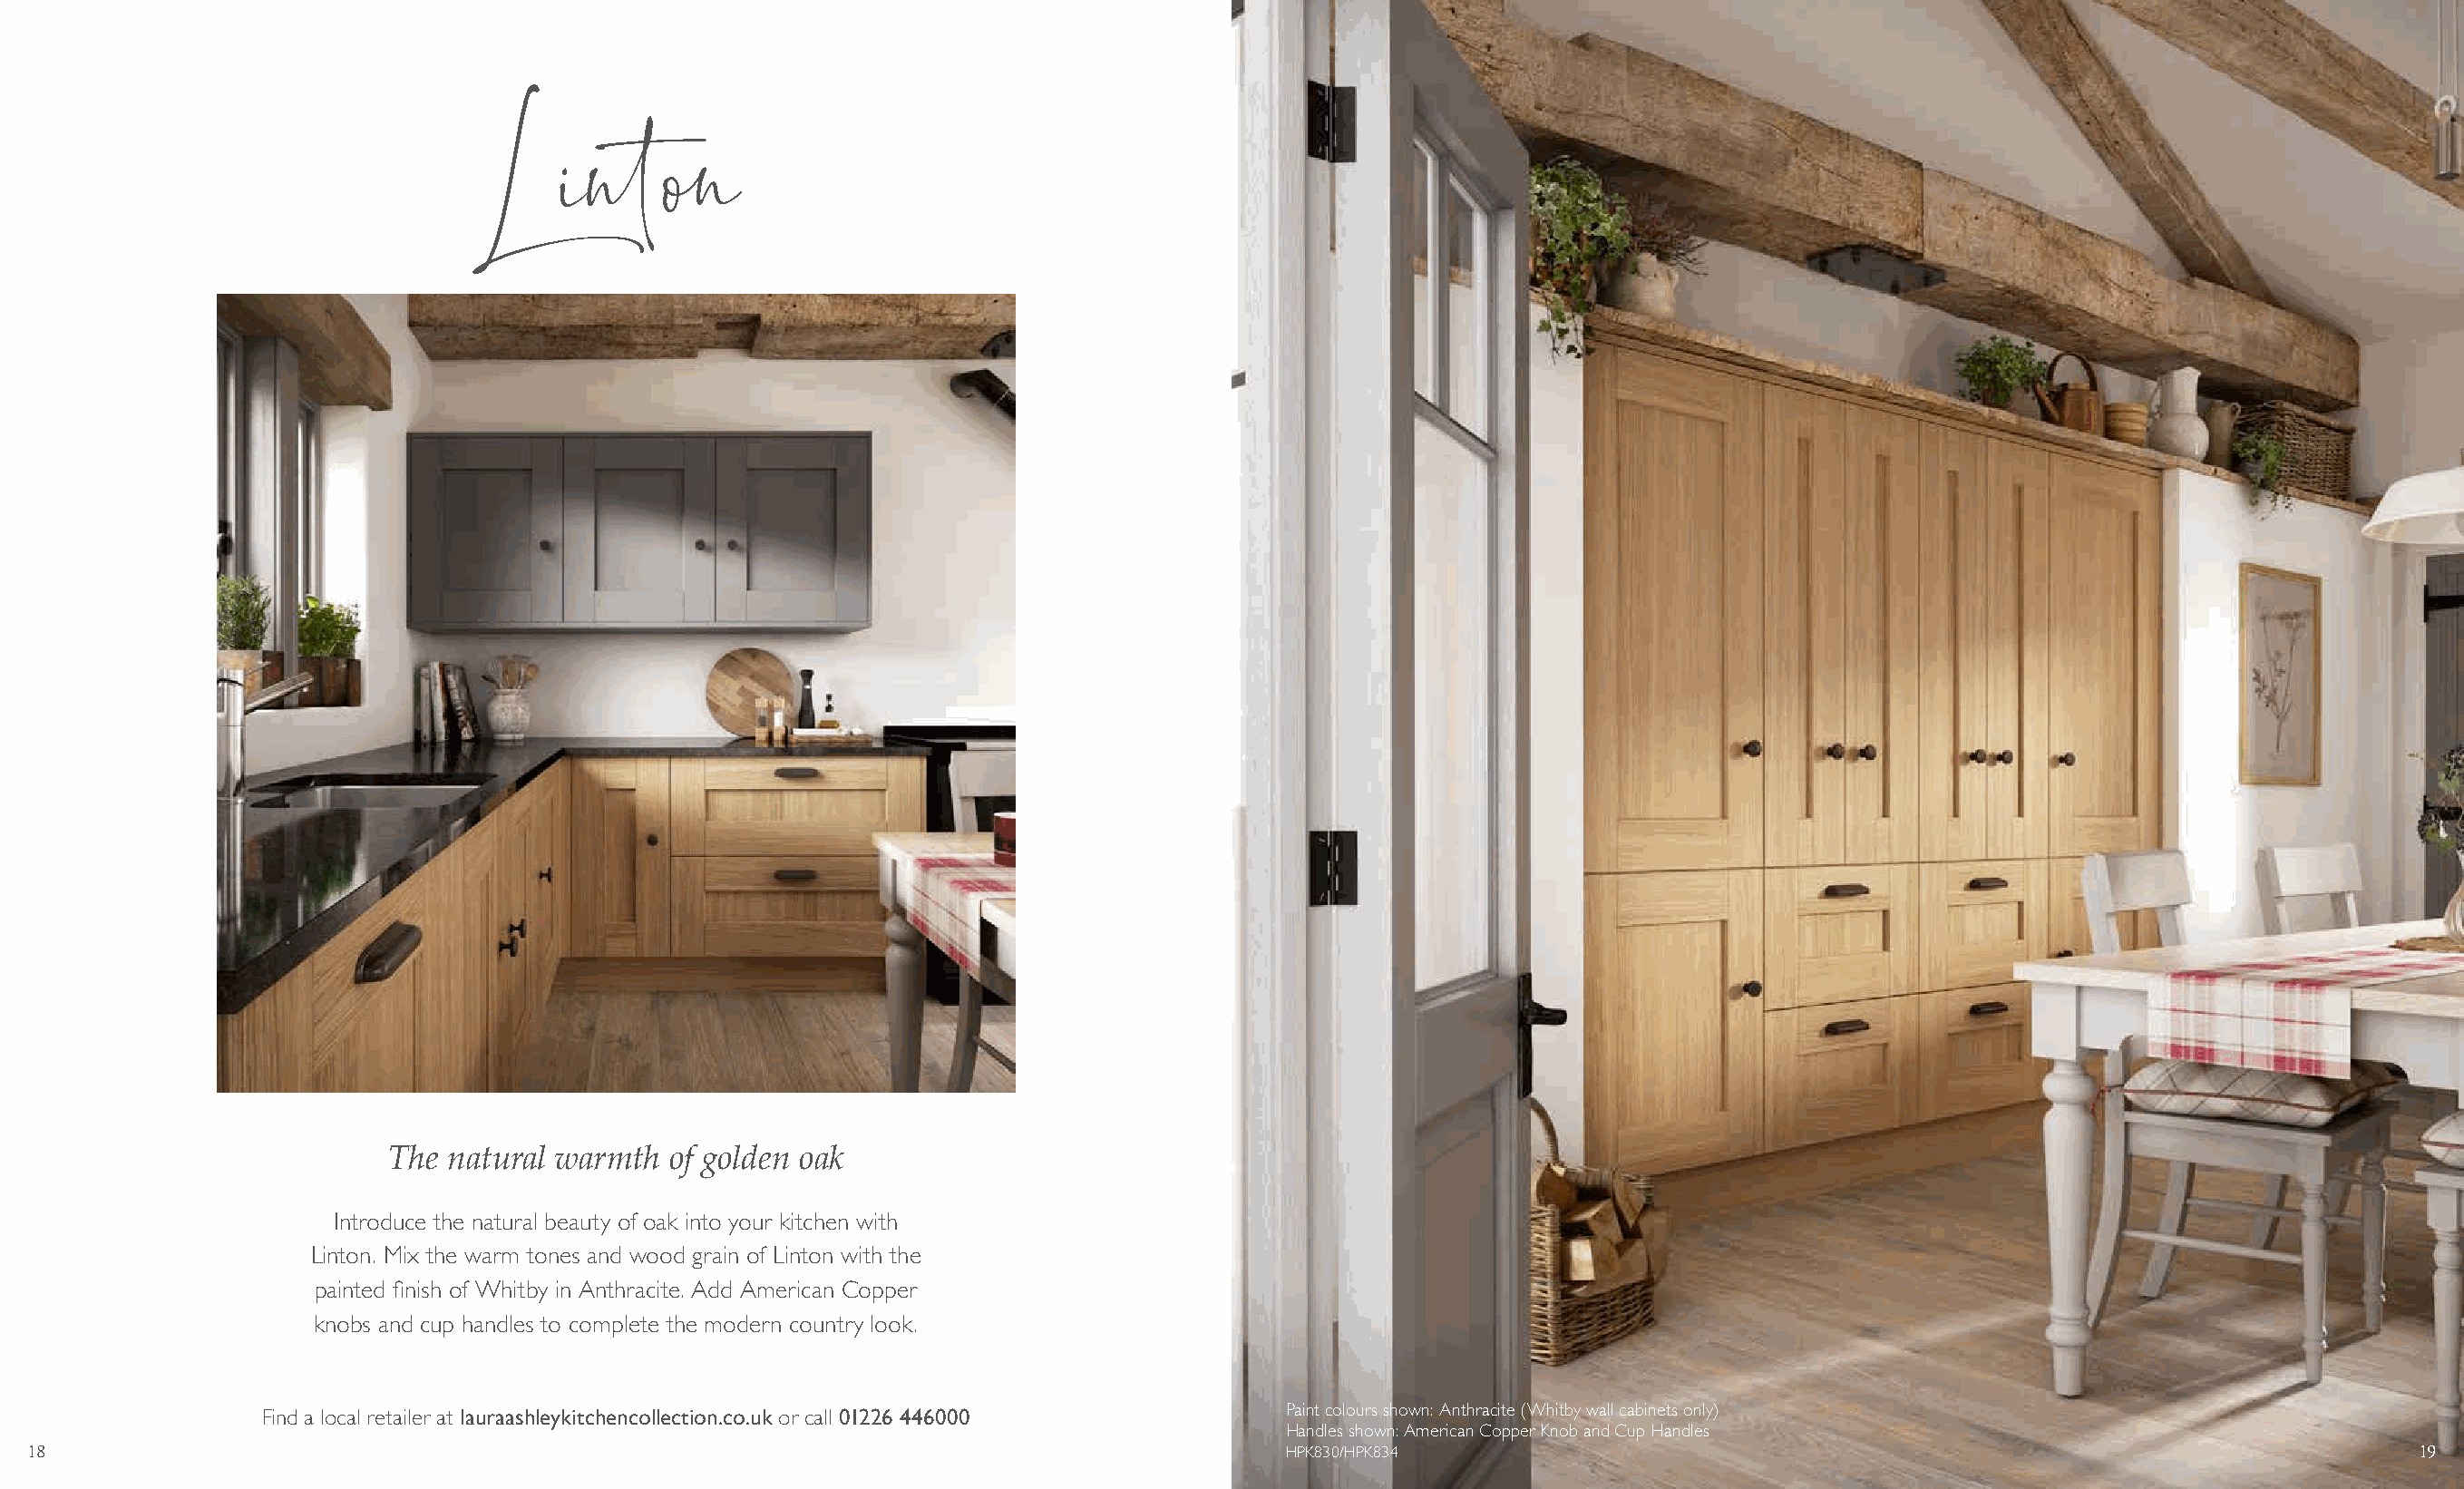
Linton
 The  natural warmth  of golden oak
 Introduce the natural beauty of oak into your kitchen with
 Linton. Mix the warm tones and wood grain of Linton with the
 painted finish of Whitby in Anthracite. Add American Copper
 knobs and cup handles to complete the modern country look.
 Find a local retailer at lauraashleykitchencollection.co.uk or call 01226 446000 Paint colours shown: Anthracite (Whitby wall cabinets only)
 Handles shown: American Copper Knob and Cup Handles
 18                                                                                          HPK830/HPK834                                                                      19